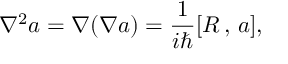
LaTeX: \nabla ^ { 2 } a = \nabla ( \nabla a ) = \frac 1 { i \hbar } [ R \, , \, a ] ,